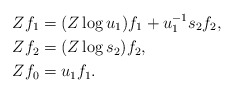
\begin{align*}Zf_1& = (Z\log u_1) f_1 + u_1^{-1}s_2f_2,\\Zf_2& = (Z\log s_2) f_2, \\Zf_0& = u_1f_1.\end{align*}